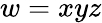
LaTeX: w=xyz